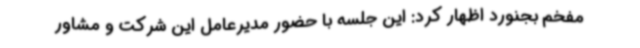
مفخم بجنورد اظهار کرد: این جلسه با حضور مدیرعامل این شرکت و مشاور